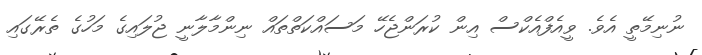
ނުނިމޭތީ އެވެ. ވީއެފްއެކްސް އިން ކުރަންޖެހޭ މަސައްކަތްތައް ނިންމާލާނީ ޖުލައިގެ މަހުގެ ތެރޭގައި